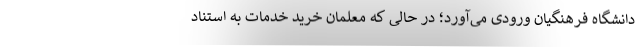
دانشگاه فرهنگیان ورودی می‌آورد؛ در حالی که معلمان خرید خدمات به استناد